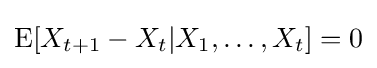
\operatorname {E} [X_{t+1}-X_{t}\vert X_{1},\dots ,X_{t}]=0